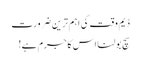
ڈیم وقت کی اہم ترین ضرورت
سچ بولنا اس کا جرم ہے!